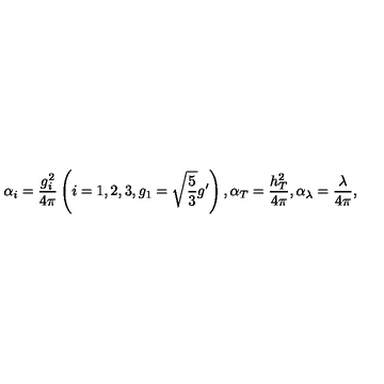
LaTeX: \alpha _ { i } = \frac { g _ { i } ^ { 2 } } { 4 \pi } \left( i = 1 , 2 , 3 , g _ { 1 } = \sqrt { \frac { 5 } { 3 } } g ^ { \prime } \right) , \alpha _ { T } = \frac { h _ { T } ^ { 2 } } { 4 \pi } , \alpha _ { \lambda } = \frac { \lambda } { 4 \pi } ,